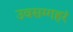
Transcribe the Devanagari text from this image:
उवसग्गहरं